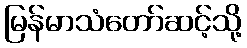
မြန်မာသံတော်ဆင့်သို့